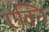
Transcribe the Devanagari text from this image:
एक्नि